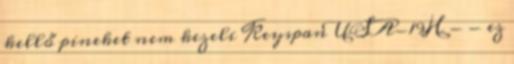
kellő pineket nem kezeli Keyspan USA-19H - - ez